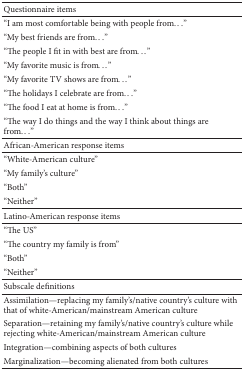
<table><thead><tr><td><b>Questionnaire items</b></td><td><b> </b></td></tr></thead><tbody><tr><td>“I am most comfortable being with people from...”</td><td> </td></tr><tr><td>“My best friends are from...”</td><td> </td></tr><tr><td>“The people I fit in with best are from...”</td><td> </td></tr><tr><td>“My favorite music is from...”</td><td> </td></tr><tr><td>“My favorite TV shows are from...”</td><td> </td></tr><tr><td>“The holidays I celebrate are from...”</td><td> </td></tr><tr><td>“The food I eat at home is from...”</td><td> </td></tr><tr><td>“The way I do things and the way I think about things are from...”</td><td> </td></tr><tr><td>African-American response items</td><td> </td></tr><tr><td>“White-American culture” </td><td> </td></tr><tr><td>“My family&#x27;s culture” </td><td> </td></tr><tr><td>“Both”</td><td> </td></tr><tr><td>“Neither”</td><td> </td></tr><tr><td>Latino-American response items</td><td> </td></tr><tr><td>“The US”</td><td> </td></tr><tr><td>“The country my family is from”</td><td> </td></tr><tr><td>“Both”</td><td> </td></tr><tr><td>“Neither”</td><td> </td></tr><tr><td>Subscale definitions</td><td> </td></tr><tr><td>Assimilation—replacing my family&#x27;s/native country&#x27;s culture with that of white-American/mainstream American culture</td><td> </td></tr><tr><td>Separation—retaining my family&#x27;s/native country&#x27;s culture while rejecting white-American/mainstream American culture</td><td> </td></tr><tr><td>Integration—combining aspects of both cultures</td><td> </td></tr><tr><td>Marginalization—becoming alienated from both cultures</td><td> </td></tr></tbody></table>